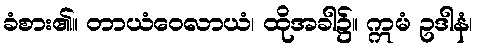
ခံစား၏။ တာယံဝေလာယံ၊ ထိုအခါ၌။ ဣမံ ဥဒါနံ၊